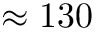
\approx 1 3 0